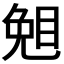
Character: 𥇅